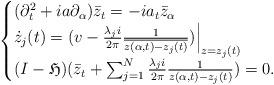
LaTeX: \begin{align*}\begin{cases}(\partial_t^2+ia\partial_{\alpha})\bar{z}_t=-ia_t\bar{z}_{\alpha}\\\dot{z}_j(t)=(v-\frac{\lambda_j i}{2\pi}\frac{1}{\overline{z(\alpha,t)-z_j(t)}})\Big|_{z=z_j(t)}\\(I-\mathfrak{H})(\bar{z}_t+\sum_{j=1}^N\frac{\lambda_j i}{2\pi}\frac{1}{z(\alpha,t)-z_j(t)})=0.\end{cases}\end{align*}